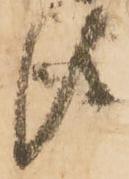
儀